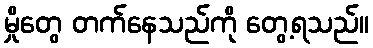
မှိုတွေ တက်နေသည်ကို တွေ့ရသည်။